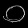
Digit: ၀